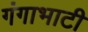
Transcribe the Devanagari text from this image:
गंगाभाटी